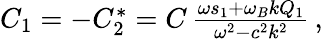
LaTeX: \begin{array}{r}{C_{1}=-C_{2}^{*}=C\, \frac{\omega s_{1}+\omega_{B}kQ_{1}}{\omega^{2}-c^{2}k^{2}}\, ,}\end{array}